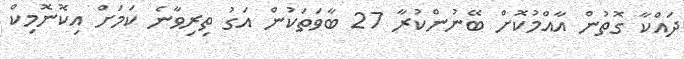
ދައްކާ ގޮތުން އާއްމުކޮށް ބޭނުންކުރާ 27 ބާވަތަކުން އަގު ތިރިވާނެ ކަމަށް އިކޮނޮމިކް